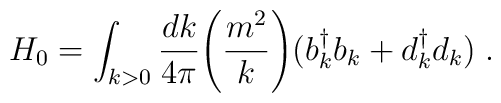
H_0=\int_{k>0} {dk \over 4\pi} \Biggl({m^2 \over k}\Biggr)\bigl(b_k^\dagger b_k+d_k^\dagger d_k\bigr) \;.